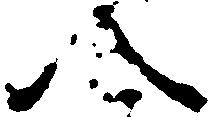
八